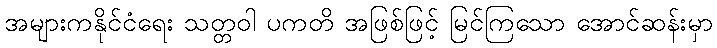
အများကနိုင်ငံရေး သတ္တဝါ ပကတိ အဖြစ်ဖြင့် မြင်ကြသော အောင်ဆန်းမှာ